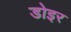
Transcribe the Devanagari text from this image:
डोइर